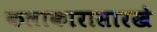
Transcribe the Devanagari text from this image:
कलाकारासारखे